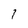
Character: l